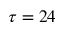
\tau = 2 4